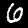
Label: 6